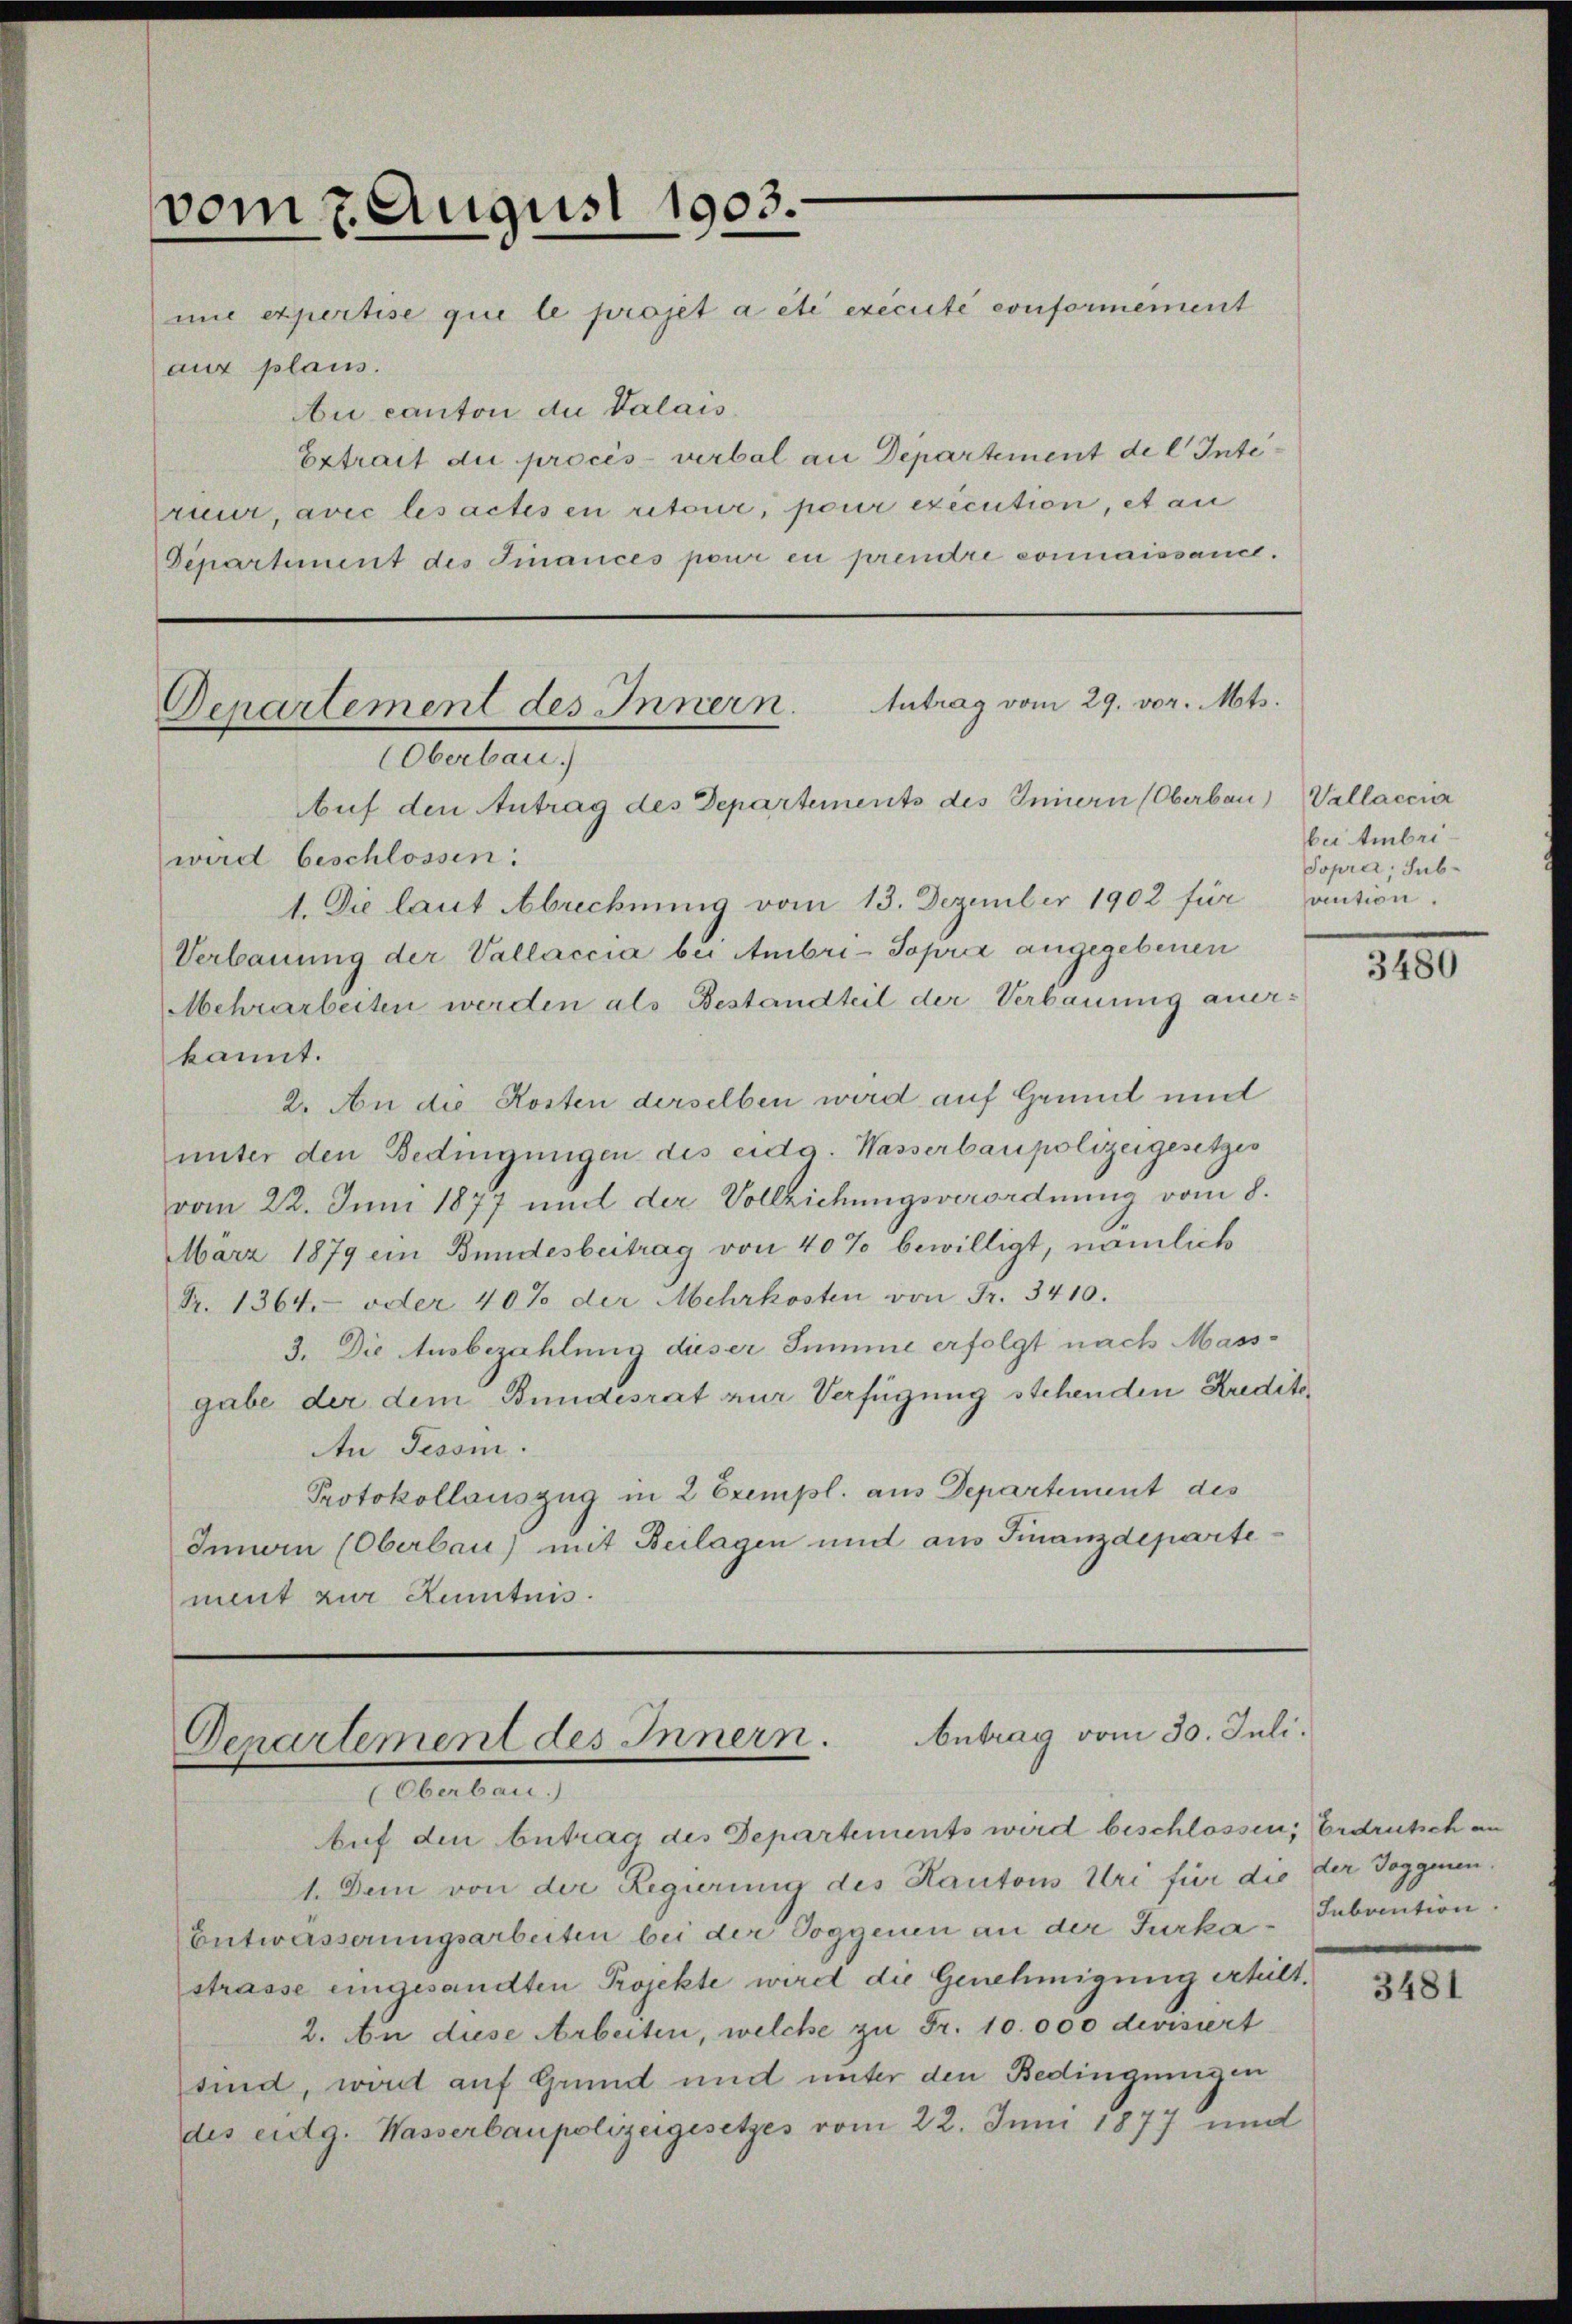
vom 7. August 1903.
mie expertise que le projet a été exécuté conformément

aux plaus.
ui canton du Valais.
Extrait die procès-verbal an Departement de l Interieur, avec les actes en retour, pour exécution, et an
Departement des Finances pour en prendre connaissance.

Antrag vom 29. vor. Mts.
Departement des Innern.
Oberbau
Auf den Antrag des Departements des Innern (Oberbau

wird beschlossen:
1. Die laut Abrechnung vom 13. Dezember 1902 für aution.
Verbauung der Vallaccia bei Ambri-Popra angegebenen
Mehrarbeiten werden als Bestandteil der Verbauung anerkannt.
2. An die Kosten derselben wird auf Grund und
unter den Bedingungen des eidg. Wasserbaupolizeigesetzes
vom 22. Juni 1877 und der Vollziehungsverordnung vom 8.
März 1879 ein Bundesbeitrag von 40% bewilligt, nämlich
Fr. 1364. oder 40% der Mehrkosten von Fr. 3410.
3. Die Ausbezahlung dieser Summe erfolgt nach Mass-
gabe der dem Bundesrat zur Verfügung stehenden Kredito¬
An Tessin.
Protokollauszug in 2 Exempl. aus Departement des
Innern (Oberbau) mit Beilagen und aus Finanzdeparte
ment zur Kenntnis.

Denartement des Innern. Antrag vom 30. Juli.
(Oberbau.)

Vallacena
bei Ambri
Topra, sub¬

Auf den betrag des Departements wird beschlossen, Erdrutsch an
1. Dem von der Regierung des Kantons Uri für die der Joggenen.
Entwässerungsarbeiten bei der Doggenen an der Jurkastrasse eingesandten Projekte wird die Genehmigung erheilt.
2. An diese Arbeiten, welche zu Fr. 10.000 devisiert
sind, wirdt auf Grund und unter den Bedingungen
des eidg. Wasserbaupolizeigesetzes vom 22. Juni 1877 und

3480

Subvention.

3481